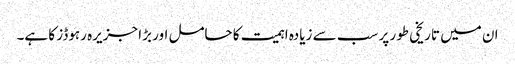
ان میں تاریخی طور پر سب سے زیادہ اہمیت کا حامل اور بڑا جزیرہ رہوڈز کا ہے۔